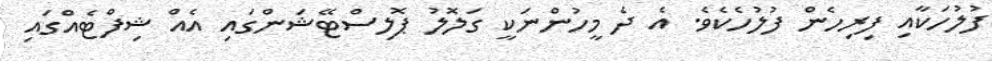
ފުލުހަކާއި ފިރިހެން ފުލުހެކެވެ. އެ ދެ މީހުންނަކީ ގަލޮލު ޕޮލިސްޓޭޝަންގައި އެއް ޝިފްޓެއްގައި